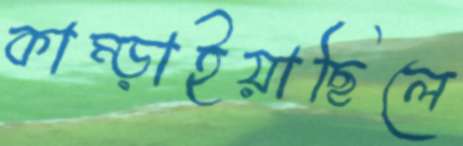
কাম্‌ড়াইয়াছিলে